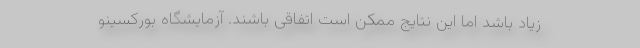
زیاد باشد اما این نتایج ممکن است اتفاقی باشند. آزمایشگاه بورکسینو